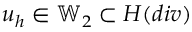
\boldsymbol { u } _ { h } \in \mathbb { W } _ { 2 } \subset H ( d i v )